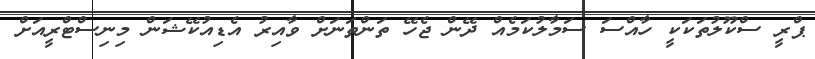
ޕްރީ ސްކޫލުތަކަކީ ހާއްސަ ސަމާލުކަމެއް ދޭން ޖެހޭ ތަންތަނަށް ވާއިރު އެޑިއުކޭޝަން މިނިސްޓްރީއަށް